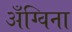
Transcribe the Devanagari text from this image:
अँग्विना